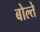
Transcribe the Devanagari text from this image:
बोल्ते